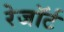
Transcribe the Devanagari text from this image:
रेजॉर्ट